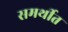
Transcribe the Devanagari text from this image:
समर्थीत